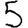
Digit: 5